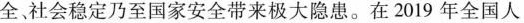
全社会稳定乃至国家安全带来极大隐患。在2019年全国人